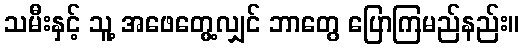
သမီးနှင့် သူ့ အဖေတွေ့လျှင် ဘာတွေ ပြောကြမည်နည်း။